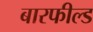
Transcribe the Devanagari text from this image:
बारफील्ड